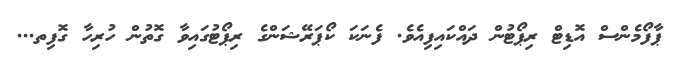
ޕާފޯމެންސް އޮޑިޓް ރިޕޯޓުން ދައްކައިފިއެވެ. ފެނަކަ ކޯޕަރޭޝަންގެ ރިޕޯޓުގައިވާ ގޮތުން ހުރިހާ ގޮފިތ...